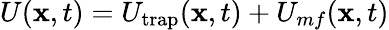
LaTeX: U(\mathbf{x},t)=U_{\mathrm{trap}}(\mathbf{x},t)+U_{mf}(\mathbf{x},t)